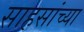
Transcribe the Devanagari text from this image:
साहसांच्या